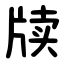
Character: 牍